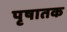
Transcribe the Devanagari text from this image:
पृषातक